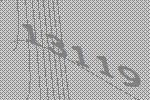
13119